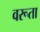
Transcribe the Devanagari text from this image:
वरूता